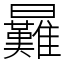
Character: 㬮